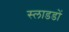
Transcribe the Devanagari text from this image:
स्लाडडों